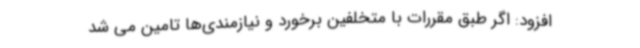
افزود: اگر طبق مقررات با متخلفین برخورد و نیازمندی‌ها تامین می شد